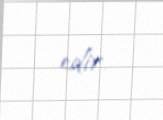
edir.